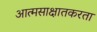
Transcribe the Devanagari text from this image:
आत्मसाक्षातकरता